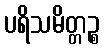
ပရိသမိတ္တဉ္စ